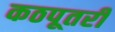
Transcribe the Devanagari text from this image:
कठपूतरी